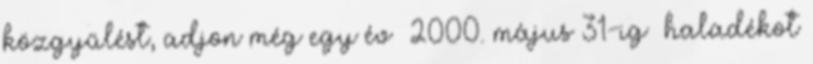
közgyűlést, adjon még egy év 2000. május 31-ig haladékot